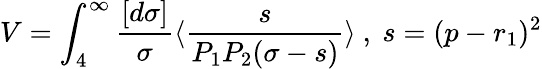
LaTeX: V=\int_{4}^{\infty}\frac{[d\sigma]}{\sigma}\langle\frac{s}{P_{1}P_{2}(\sigma-s)}\rangle~,~s=(p-r_{1})^{2}